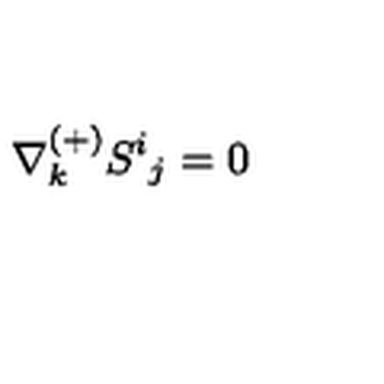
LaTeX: \nabla _ { k } ^ { ( + ) } S ^ { i } { } _ { j } = 0